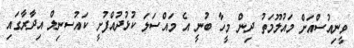
ވީނިއުސްއަށް މައުލޫމަތު ދިން މީހާ ބުނީ އެ މައްސަލަ ކުޅުދުއްފުށީ ކައުސނިލް އިދާރާގައި